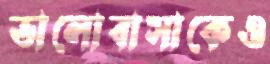
ভালোবাসাকেও